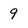
Character: 9